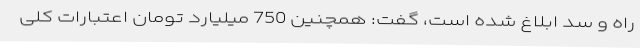
راه و سد ابلاغ شده است، گفت: همچنین 750 میلیارد تومان اعتبارات کلی